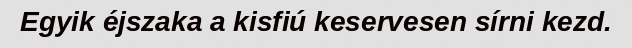
Egyik éjszaka a kisfiú keservesen sírni kezd.